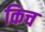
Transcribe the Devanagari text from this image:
किच